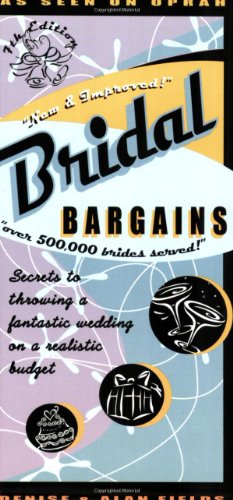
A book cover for Bridal Bargains: Secrets to Throwing a Fantastic Wedding on a Realistic Budget; Denise Fields; Crafts, Hobbies & Home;